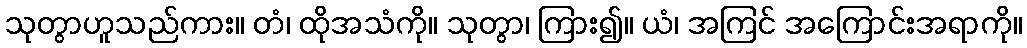
သုတွာဟူသည်ကား။ တံ၊ ထိုအသံကို။ သုတွာ၊ ကြား၍။ ယံ၊ အကြင် အကြောင်းအရာကို။